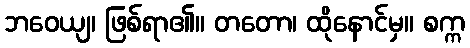
ဘဝေယျ၊ ဖြစ်ရာ၏။ တတော၊ ထိုနောင်မှ။ စက္က